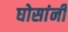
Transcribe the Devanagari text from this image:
घोसांनी